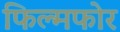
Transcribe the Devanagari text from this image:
फिल्मफोर